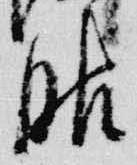
服